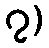
၇)